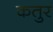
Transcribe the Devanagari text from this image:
कतुर